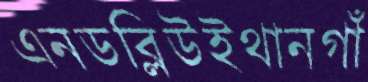
এনডব্লিউইথানগাঁ